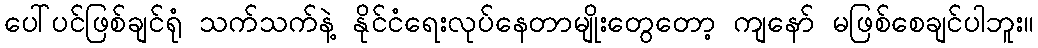
ပေါ်ပင်ဖြစ်ချင်ရုံ သက်သက်နဲ့ နိုင်ငံရေးလုပ်နေတာမျိုးတွေတော့ ကျနော် မဖြစ်စေချင်ပါဘူး။